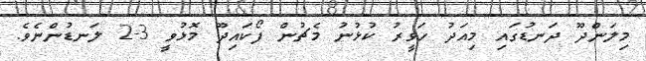
މިލަންދޫ ދަނޑުގައި މިއަދު ހަވީރު ކުޅުނު މެޗުން ފޯކައިދޫ މޮޅުވީ 3-2 ލަނޑުންނެވެ.